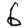
Digit: 6